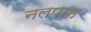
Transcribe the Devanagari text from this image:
नलपान